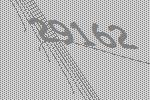
29162